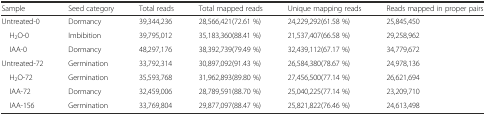
<table><thead><tr><td><b>Sample</b></td><td><b>Seed category</b></td><td><b>Total reads</b></td><td><b>Total mapped reads</b></td><td><b>Unique mapping reads</b></td><td><b>Reads mapped in proper pairs</b></td></tr></thead><tbody><tr><td>Untreated-0</td><td>Dormancy</td><td>39,344,236</td><td>28,566,421(72.61 %)</td><td>24,229,292(61.58 %)</td><td>25,845,450</td></tr><tr><td> H<sub>2</sub>O-0</td><td>Imbibition</td><td>39,795,012</td><td>35,183,360(88.41 %)</td><td>21,537,407(66.58 %)</td><td>29,258,962</td></tr><tr><td> IAA-0</td><td>Dormancy</td><td>48,297,176</td><td>38,392,739(79.49 %)</td><td>32,439,112(67.17 %)</td><td>34,779,672</td></tr><tr><td>Untreated-72</td><td>Germination</td><td>33,792,314</td><td>30,897,092(91.43 %)</td><td>26,584,380(78.67 %)</td><td>24,978,136</td></tr><tr><td> H<sub>2</sub>O-72</td><td>Germination</td><td>35,593,768</td><td>31,962,893(89.80 %)</td><td>27,456,500(77.14 %)</td><td>26,621,694</td></tr><tr><td> IAA-72</td><td>Dormancy</td><td>32,459,006</td><td>28,789,591(88.70 %)</td><td>25,040,225(77.14 %)</td><td>23,209,710</td></tr><tr><td> IAA-156</td><td>Germination</td><td>33,769,804</td><td>29,877,097(88.47 %)</td><td>25,821,822(76.46 %)</td><td>24,613,498</td></tr></tbody></table>